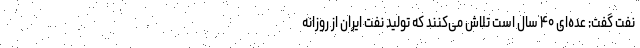
نفت گفت: عده‌ای ۴۰ سال است تلاش می‌کنند که تولید نفت ایران از روزانه